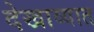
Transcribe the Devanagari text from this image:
देखाव्यात